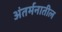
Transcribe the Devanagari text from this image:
अंतर्मनातील